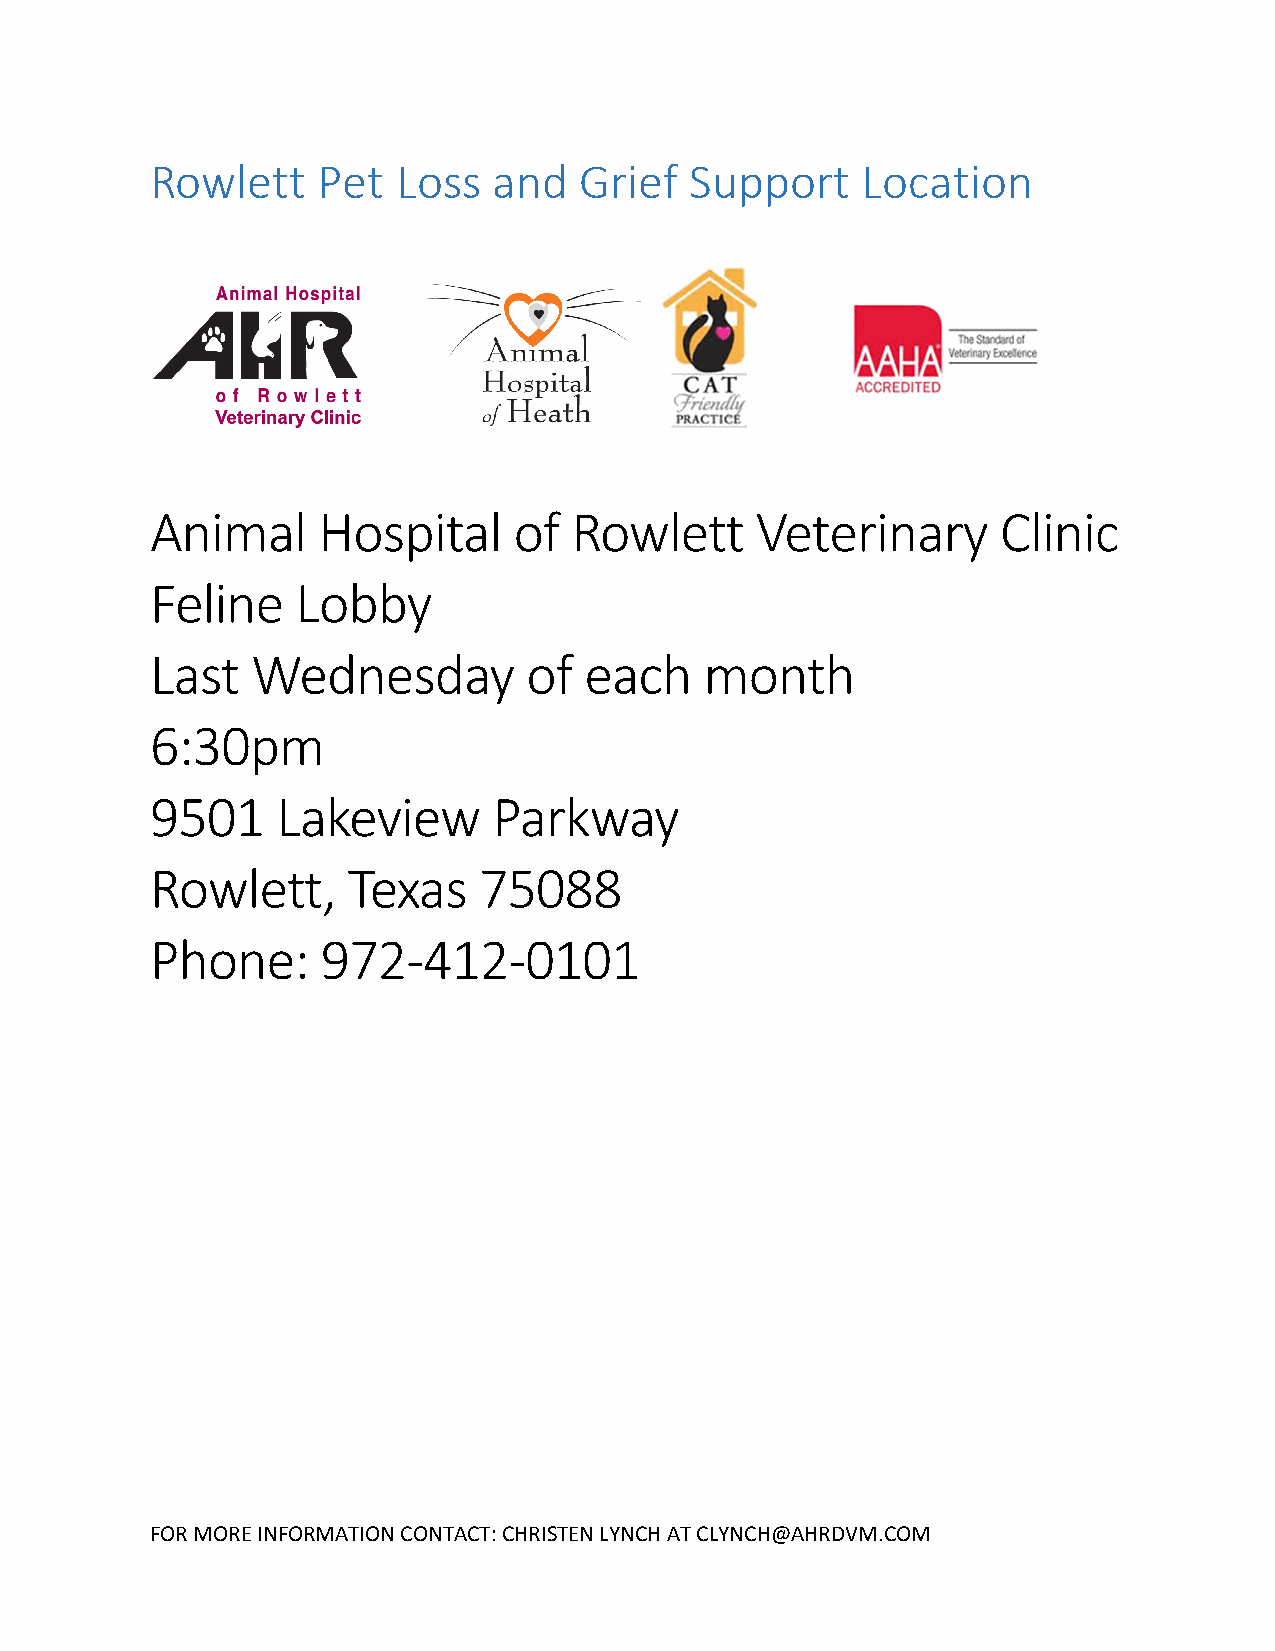
Rowlett    Pet  Loss   and  Grief   Support    Location
 Animal     Hospital     of  Rowlett     Veterinary      Clinic
 Feline    Lobby
 Last   Wednesday         of  each    month
 6:30pm
 9501    Lakeview       Parkway
 Rowlett,     Texas    75088
 Phone:     972-412-0101
 FOR MORE INFORMATION CONTACT: CHRISTEN LYNCH AT CLYNCH@AHRDVM.COM